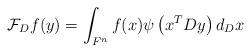
LaTeX: \begin{align*} {\cal F}_D f ( y ) = \int_{F^n } f ( x ) \psi \left( x^T D y \right) d_D x \end{align*}